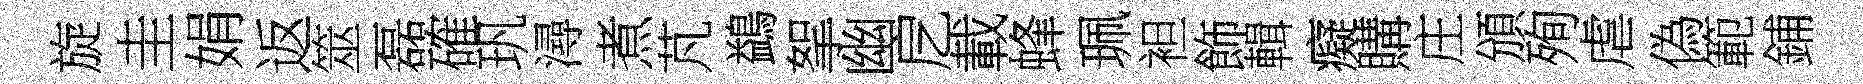
旋圭娟返筮磊確㺬潯煮芃鷁挐幽戹載蜂珮袒飾輯癡購庄頒殉虐偽範鋪